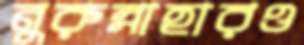
নুরুন্নাহারও